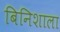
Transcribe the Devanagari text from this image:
बिनिशाला